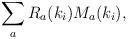
LaTeX: \begin{align*}\sum_a R_a (k_i) M_a (k_i),\end{align*}